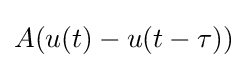
A(u(t)-u(t-\tau ))